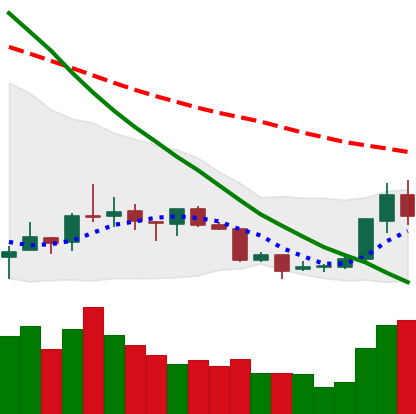
Ticker: XRP-USD
Chart end date: 2018-07-18
Forward return: -8.453%
Label: down_7plus